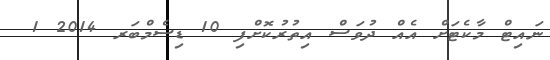
ނައިޓް މާކެޓަށް އެއް ދުވަސް އިތުރުކޮށްފި 10 ޑިސެމްބަރ 2014 1